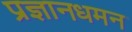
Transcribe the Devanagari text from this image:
प्रज्ञानधमन